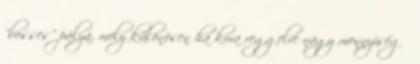
"bosses" pálya, mely különösen ha kora reggelre nagy mennyiségű